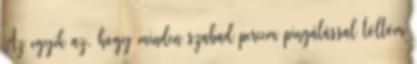
Az egyik az, hogy minden szabad percem pingálással töltöm